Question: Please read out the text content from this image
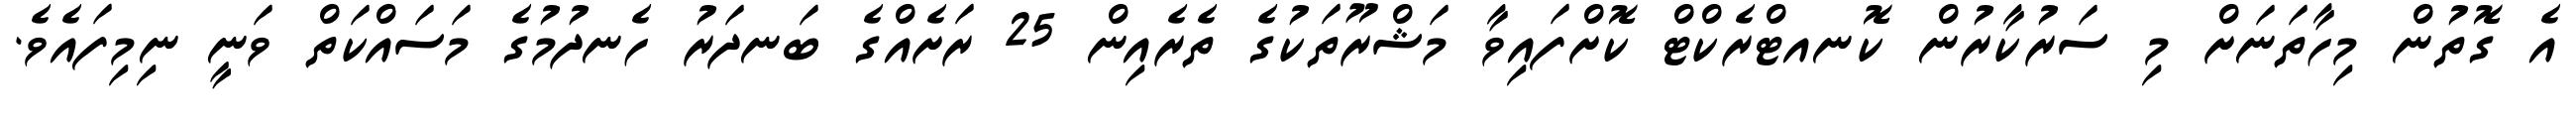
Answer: އެ ގޮތުން މިހާތަނަށް މި ސަރުކާރުން ކޮނއޓްރެކްޓް ކޮށްފައިވާ މަޝްރޫތަކުގެ ތެރެއިން 25 ރަށެއްގެ ބަނދަރު ހެނދުމުގެ މަސައްކަތް ވަނީ ނިމިފައެވެ.